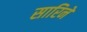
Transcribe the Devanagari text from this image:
सारिनें